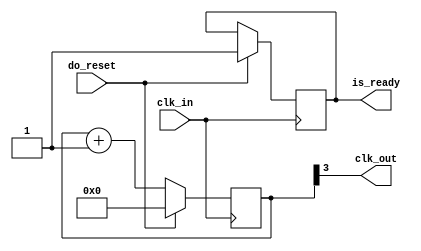
`default_nettype none
`timescale 1ns/1ps

module clock_divider #( parameter DIV_N = 'd4 ) ( input wire clk_in, output wire clk_out, input wire do_reset, output reg is_ready );
 
	reg [DIV_N-1:0] divcounter;
 
	always @(posedge clk_in)
		if(do_reset) begin
			divcounter <= 32'b0;
			is_ready <= 1'b1;
		end
		else divcounter <= divcounter + 'd1;
 
	assign clk_out = divcounter[DIV_N-1];

endmodule